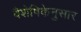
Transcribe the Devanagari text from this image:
वैशेषिकेनुसार